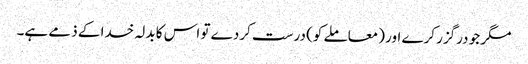
مگر جو درگزر کرے اور (معاملے کو) درست کردے تو اس کا بدلہ خدا کے ذمے ہے۔